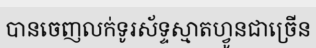
បានចេញលក់ទូរស័ទ្ទស្មាតហ្វូនជាច្រើន